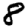
Digit: 8